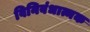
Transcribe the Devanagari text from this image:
विनिबंधात्मक